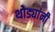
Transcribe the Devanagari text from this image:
थोड्यांनी